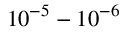
1 0 ^ { - 5 } - 1 0 ^ { - 6 }